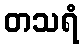
တသရံ